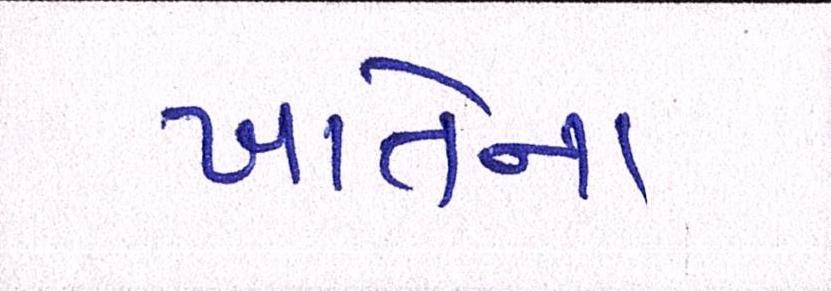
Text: ખાતેના